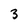
Character: 3